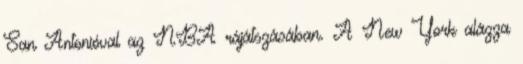
San Antonióval az NBA rájátszásában. A New York alázza